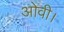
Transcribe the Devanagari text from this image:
ओवी।